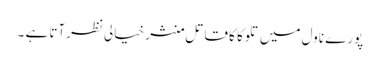
پورے ناول میں تلوکا کا قاتل منشر خیالی نظرآتا ہے ۔